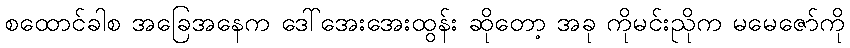
စထောင်ခါစ အခြေအနေက ဒေါ်အေးအေးထွန်း ဆိုတော့ အခု ကိုမင်းညိုက မမေဇော်ကို